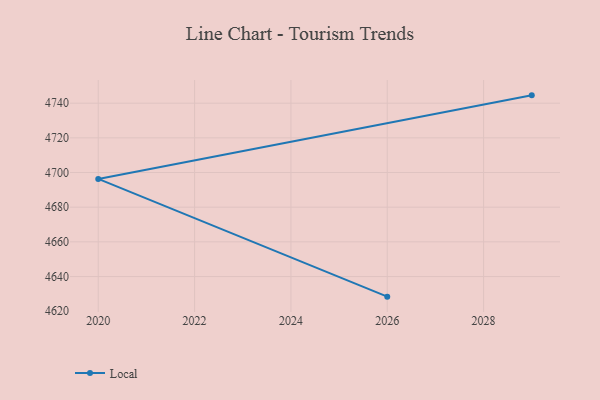
{"axis": {"x": "Year", "y": "Churn Rate (%)"}, "legend": ["Local"], "data": [{"x": "2029", "y": 4744.5, "type": "Local"}, {"x": "2020", "y": 4696.3, "type": "Local"}, {"x": "2026", "y": 4628.4, "type": "Local"}]}